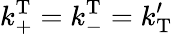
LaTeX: k_{\mathrm{+}}^{\mathrm{T}}=k_{\mathrm{-}}^{\mathrm{T}}=k_{\mathrm{T}}^{\prime}